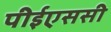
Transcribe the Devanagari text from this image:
पीईएससी